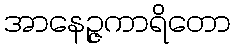
အာနေဉ္ဇကာရိတော